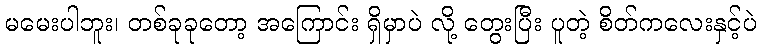
မမေးပါဘူး၊ တစ်ခုခုတော့ အကြောင်း ရှိမှာပဲ လို့ တွေးပြီး ပူတဲ့ စိတ်ကလေးနှင့်ပဲ